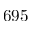
6 9 5